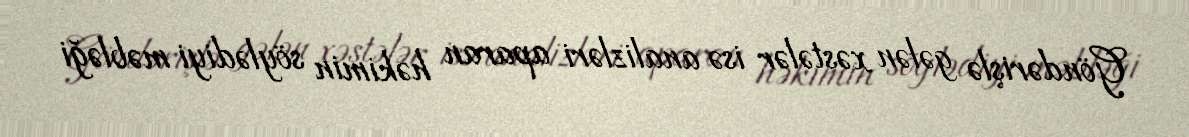
Göndərişlə gələn xəstələr isə analizləri aparan həkimin söylədiyi məbləği